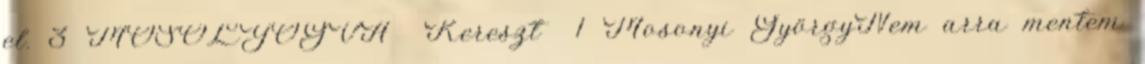
el. 3 MOSOLYOGVA Kereszt 1 Mosonyi GyörgyNem arra mentem